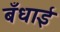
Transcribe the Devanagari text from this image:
बँधाई